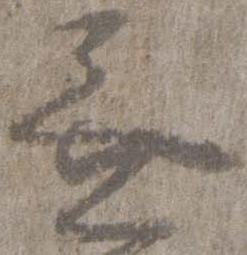
無